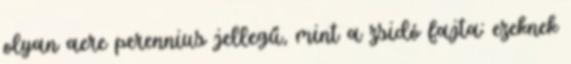
olyan aere perennius jellegű, mint a zsidó fajta: ezeknek